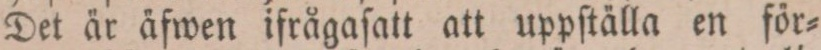
Det är äfwen ifrågaſatt att uppſtälla en för=